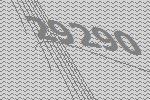
29290